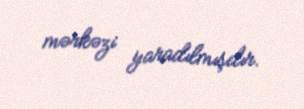
mərkəzi yaradılmışdır.